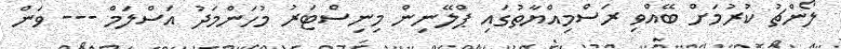
ލޯންޗު ކުރުމަށް ބޭއްވި ރަސްމިއްޔާތުގައި ޕްލޭނިން މިނިސްޓަރު މުހަންމަދު އަސްލަމް --- ވަން